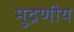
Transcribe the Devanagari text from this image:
मुद्रणीय